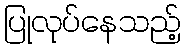
ပြုလုပ်နေသည့်